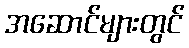
အဆောင်များတွင်